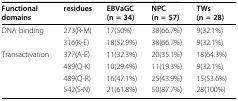
<table><thead><tr><td><b>Functional domains</b></td><td><b>residues</b></td><td><b>EBVaGC(n = 34)</b></td><td><b>NPC(n = 57)</b></td><td><b>TWs(n = 28)</b></td></tr></thead><tbody><tr><td>DNA binding</td><td>273(R-M)</td><td>17(50%)</td><td>38(66.7%)</td><td>9(32.1%)</td></tr><tr><td></td><td>316(K-E)</td><td>18(52.9%)</td><td>38(66.7%)</td><td>9(32.1%)</td></tr><tr><td>Transactivation</td><td>377(A-E)</td><td>11(32.3%)</td><td>20(35.1%)</td><td>18(64.3%)</td></tr><tr><td></td><td>489(Q-K)</td><td>10(29.4%)</td><td>11(19.3%)</td><td>9(32.1%)</td></tr><tr><td></td><td>489(Q-R)</td><td>16(47.1%)</td><td>25(43.9%)</td><td>15(53.6%)</td></tr><tr><td></td><td>542(S-N)</td><td>21(61.8%)</td><td>50(87.7%)</td><td>28(100%)</td></tr></tbody></table>